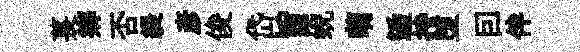
萇郷否緹彥俊岱旨蜺萌逅持堕囙伴